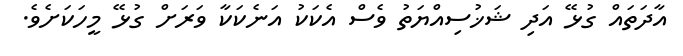
އާދަތައް ގުޅޭ އަދި ޝަޚުސިއްޔަތު ވެސް އެކަކު އަނެކަކާ ވަރަށް ގުޅޭ މީހަކަށެވެ.